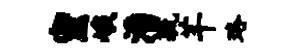
密峨潘毓芊珞